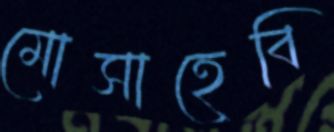
মোসাহেবি